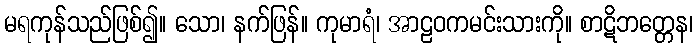
မရကုန်သည်ဖြစ်၍။ သော၊ နက်ဖြန်။ ကုမာရံ၊ အာဠဝကမင်းသားကို။ စာဋိဘတ္တေန၊